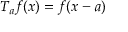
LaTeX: T _ { a } f ( x ) = f ( x - a )